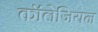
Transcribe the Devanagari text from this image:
कॉलेजियन